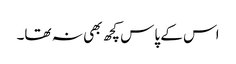
اس کے پاس کچھ بھی نہ تھا۔